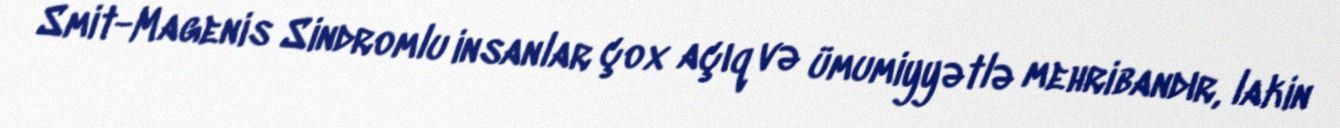
Smit-Magenis Sindromlu insanlar çox açıq və ümumiyyətlə mehribandır, lakin